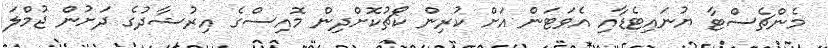
މެންޗެސްޓާ ޔުނައިޓެޑާއި އެވަޓަން އަށް ކުރިން ކޯޗުކޮށްދިން މޮއިސްގެ އިރުޝާދުގެ ދަށުން ޖުމްލަ